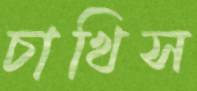
চাখিস